Report of the Bombay Plague Committee
Disease focus: Plague
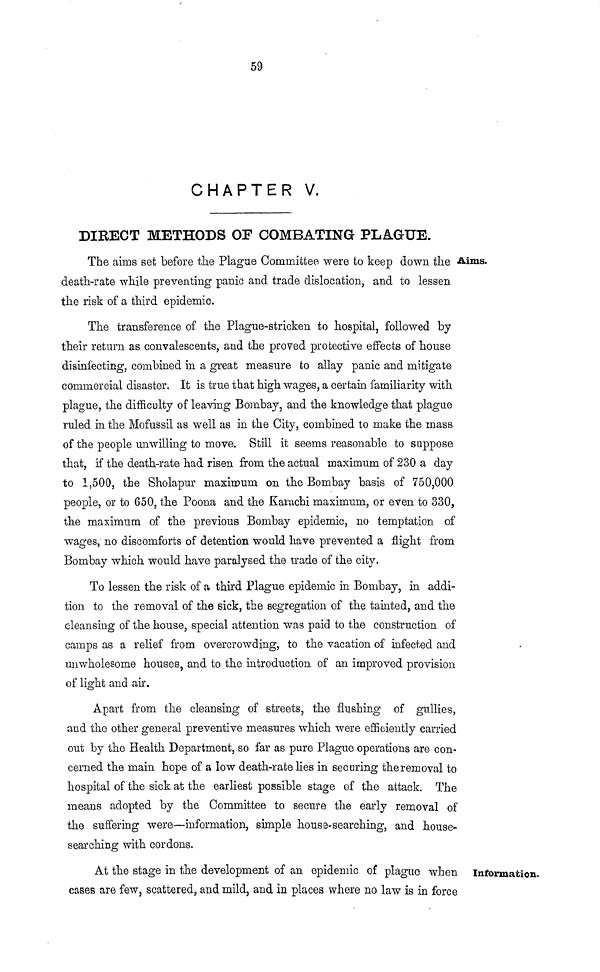
59
CHAPTER V.
DIRECT METHODS OF COMBATING PLAGUE.
Aims.
The aims set before the Plague Committee were to keep down the
death-rate while preventing panic and trade dislocation, and to lessen
the risk of a third epidemic.
The transference of the Plague-stricken to hospital, followed by
their return as convalescents, and the proved protective effects of house
disinfecting, combined in a great measure to allay panic and mitigate
commercial disaster. It is true that high wages, a certain familiarity with
plague, the difficulty of leaving Bombay, and the knowledge that plague
ruled in the Mofussil as well as in the City, combined to make the mass
of the people unwilling to move. Still it seems reasonable to suppose
that, if the death-rate had risen from the actual maximum of 230 a day
to 1,500, the Sholapur maximum on the Bombay basis of 750,000
people, or to 650, the Poona and the Karachi maximum, or even to 330,
the maximum of the previous Bombay epidemic, no temptation of
wages, no discomforts of detention would have prevented a flight from
Bombay which would have paralysed the trade of the city.
To lessen the risk of a third Plague epidemic in Bombay, in addi-
tion to the removal of the sick, the segregation of the tainted, and the
cleansing of the house, special attention was paid to the construction of
camps as a relief from overcrowding, to the vacation of infected and
unwholesome houses, and to the introduction of an improved provision
of light and air.
Apart from the cleansing of streets, the flushing of gullies,
and the other general preventive measures which were efficiently carried
out by the Health Department, so far as pure Plague operations are con-
cerned the main hope of a low death-rate lies in securing the removal tc
hospital of the sick at the earliest possible stage of the attack. The
means adopted by the Committee to secure the early removal oi
the suffering were—information, simple house-searching, and house-
searching: with cordons.
Information.
At the stage in the development of an epidemic of plague when
cases are few, scattered, and mild, and in places where no law is in force